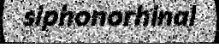
siphonorhinal